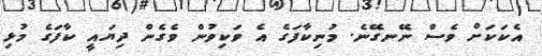
އެކަކަށް ވެސް ނޭނގޭނެ. މުނިކާފަގެ އެ ވަކިވުން ވެގެން ދިޔައީ ކާފަގެ މުޅި